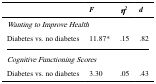
|  | F | η2 | d |
 | --- | --- | --- | --- |
 | <COLSPAN=4> Wanting to Improve Health |
 | Diabetes vs. no diabetes | 11.87* | .15 | .82 |
 | <COLSPAN=4> Cognitive Functioning Scores |
 | Diabetes vs. no diabetes | 3.30 | .05 | .43 |